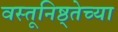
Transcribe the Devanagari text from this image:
वस्तूनिष्ठ्तेच्या